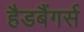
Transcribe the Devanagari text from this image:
हैडबैंगर्स